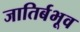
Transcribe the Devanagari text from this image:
जातिर्बभूव